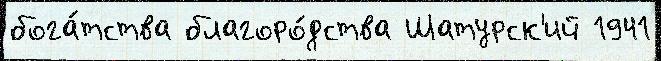
бога́тства благоро́дства Шатурск'ий 1941